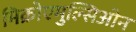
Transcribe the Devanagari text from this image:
मिक्रोएमुल्सिओन